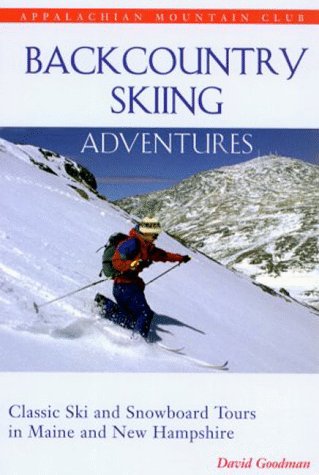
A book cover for Backcountry Skiing Adventures: Maine and New Hampshire: Classic Ski and Snowboard Tours in Maine and New Hampshire; David Goodman; Sports & Outdoors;